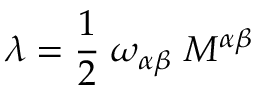
\lambda = \frac { 1 } { 2 } \; \omega _ { \alpha \beta } \; { \cal M } ^ { \alpha \beta }